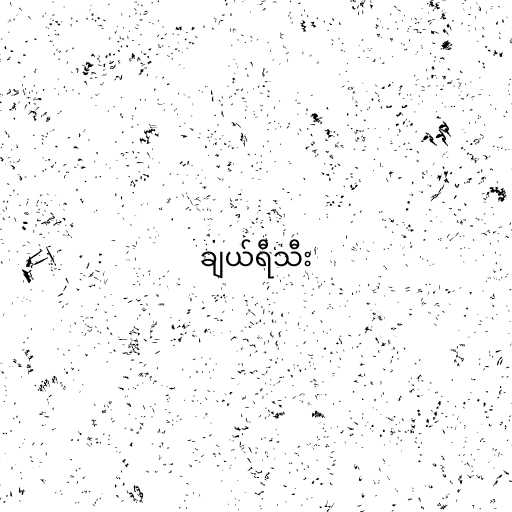
ချယ်ရီသီး